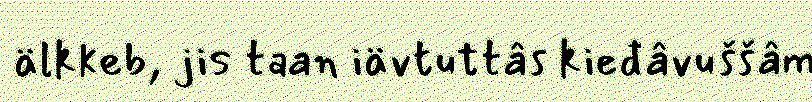
älkkeb, jis taan iävtuttâs kieđâvuššâm